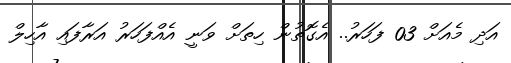
އަދި މެއަށް 03 ފަހަރު.. އެގޮތުން ހިތަށް ވަނީ އެއްފަހަރު އަރާފައި އާހިލް